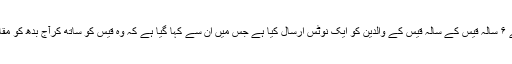
القدس کے عیسویہ قصبے کے مقامی ذرائع نے بتایا کہ صہیونی حکام نے ۶ سالہ قیس کے سالہ قیس کے والدین کو ایک نوٹس ارسال کیا ہے جس میں ان سے کہا گیا ہے کہ وہ قیس کو ساتھ کرآج بدھ کو مقامی وقت کے مطابق ۸ بجے القدس کے ایک حراستی مرکز میں پیش ہوں۔